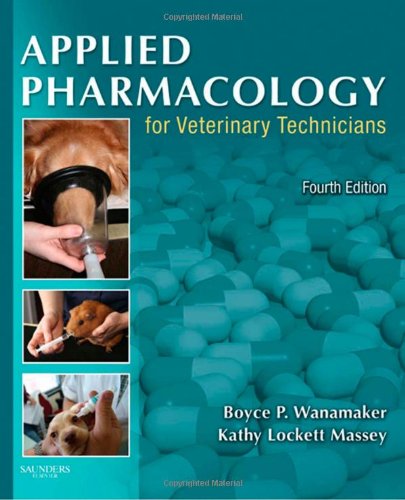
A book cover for Applied Pharmacology for Veterinary Technicians, 4e; Boyce P. Wanamaker DVM  MS; Medical Books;